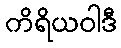
ကိရိယဝါဒီ